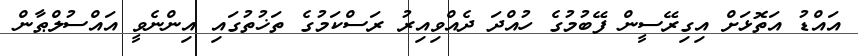
އައްޑު އަތޮޅަށް އިގިރޭސީން ފޭބުމުގެ ހުއްދަ ދެއްވިއިރު ރަސްކަމުގެ ތަޚުތުގައި އިންނެވީ އައްސުލްޠާން